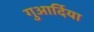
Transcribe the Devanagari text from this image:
गुआर्दिया